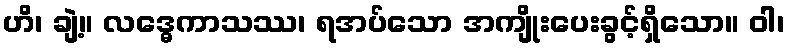
ဟိ၊ ချဲ့။ လဒ္ဓေကာသဿ၊ ရအပ်သော အကျိုးပေးခွင့်ရှိသော။ ဝါ၊